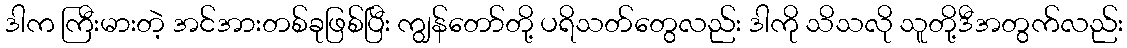
ဒါက ကြီးမားတဲ့ အင်အားတစ်ခုဖြစ်ပြီး ကျွန်တော်တို့ ပရိသတ်တွေလည်း ဒါကို သိသလို သူတို့ဒီအတွက်လည်း